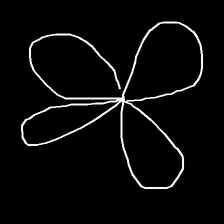
Glyph: billowing